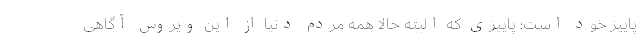
پاییز خود است؛ پاییزی که البته حالا همه مردم دنیا از این ویروس آگاهی